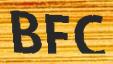
BFC